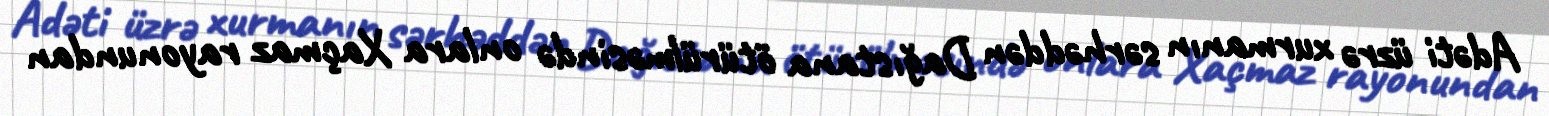
Adəti üzrə xurmanın sərhəddən Dağıstana ötürülməsində onlara Xaçmaz rayonundan